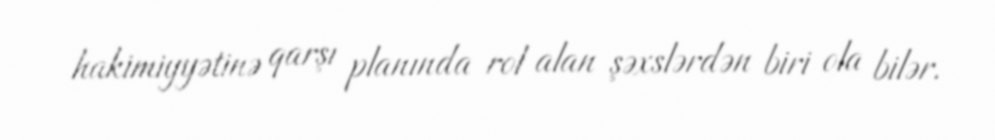
hakimiyyətinə qarşı planında rol alan şəxslərdən biri ola bilər.